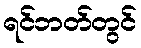
ရင်ဘတ်တွင်